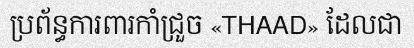
ប្រព័ន្ធការពារកាំជ្រួច «THAAD» ដែលជា